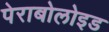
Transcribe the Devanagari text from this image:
पेराबोलोइड